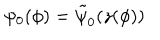
\psi _ { 0 } ( \phi ) = \tilde { \psi } _ { 0 } ( z ( \phi ) )